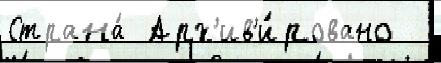
Страна́ Арх'ив'и́ровано